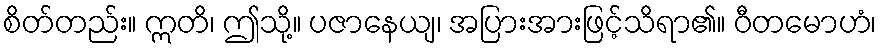
စိတ်တည်း။ ဣတိ၊ ဤသို့။ ပဇာနေယျ၊ အပြားအားဖြင့်သိရာ၏။ ဝီတမောဟံ၊